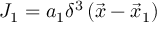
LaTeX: J _ { 1 } = a _ { 1 } \delta ^ { 3 } \left( { \vec { x } } - { \vec { x } } _ { 1 } \right)